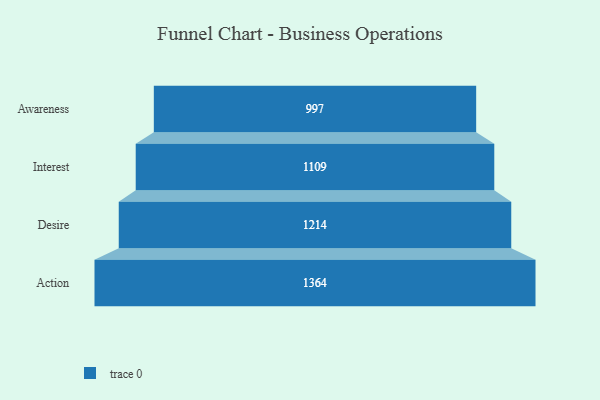
{"axis": {"x": "Stage", "y": "Value"}, "legend": [""], "data": [{"x": "Awareness", "y": 997.0, "type": ""}, {"x": "Interest", "y": 1109.0, "type": ""}, {"x": "Desire", "y": 1214.0, "type": ""}, {"x": "Action", "y": 1364.0, "type": ""}]}